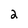
Character: 2